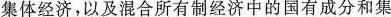
集体经济，以及混合所有制经济中的国有成分和集